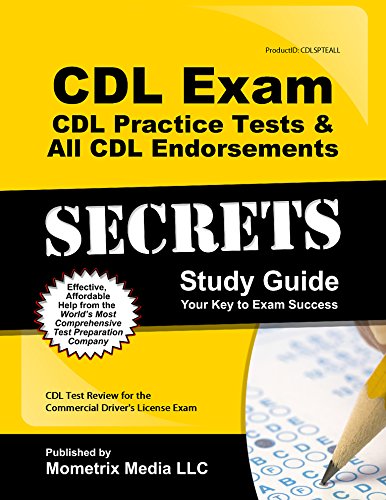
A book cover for CDL Exam Secrets - CDL Practice Tests & All CDL Endorsements Study Guide: CDL Test Review for the Commercial Driver's License Exam; CDL Exam Secrets Test Prep Team; Test Preparation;